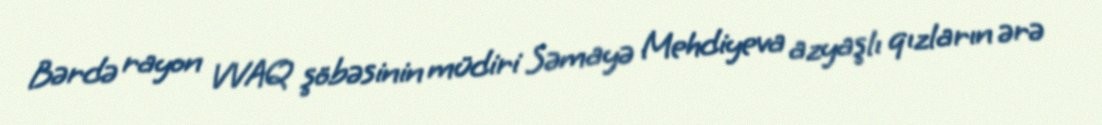
Bərdə rayon VVAQ şöbəsinin müdiri Səmayə Mehdiyeva azyaşlı qızların ərə